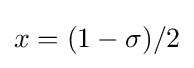
x=(1-\sigma )/2